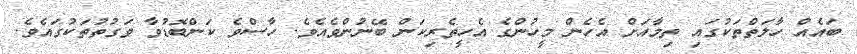
ބައެއް ހާލަތްތަކުގައި ތިމާއަށް އެހެން މީހުންގެ އެހީތެރިކަން ބޭނުންވެއެވެ. ހާސްވެ ކަންބޮޑުވާ ވަގުތުތަކުގައެވެ.